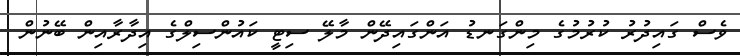
ވެސް ގައިދުރު ކުރުމުގެ މިންގަނޑު އަންގައިދޭން މާލޭ ސިޓީ ކައުންސިލްގެ އިދާރާއިން ބޭނުން